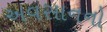
અવસાનનો